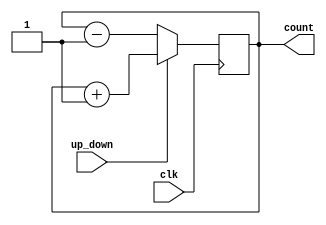
`timescale 1ns / 1ps
//////////////////////////////////////////////////////////////////////////////////
// Company: 
// Engineer: 
// 
// Design Name: 
// Module Name:    up_down_counter 
// Project Name: 
// Target Devices: 
// Tool versions: 
// Description: 
//
// Dependencies: 
//
// Revision: 
// Revision 0.01 - File Created
// Additional Comments: 
//
//////////////////////////////////////////////////////////////////////////////////
module up_down_counter(
    input up_down,
    input clk,
    output reg [7:0]count = 8'b00000000
    );
	 
	 
	
	always @(posedge clk)
	 if (up_down == 1) begin
		 count = count + 8'b00000001;
	end
	 else if (up_down == 0) begin
		 count = count - 8'b00000001;
	end
endmodule